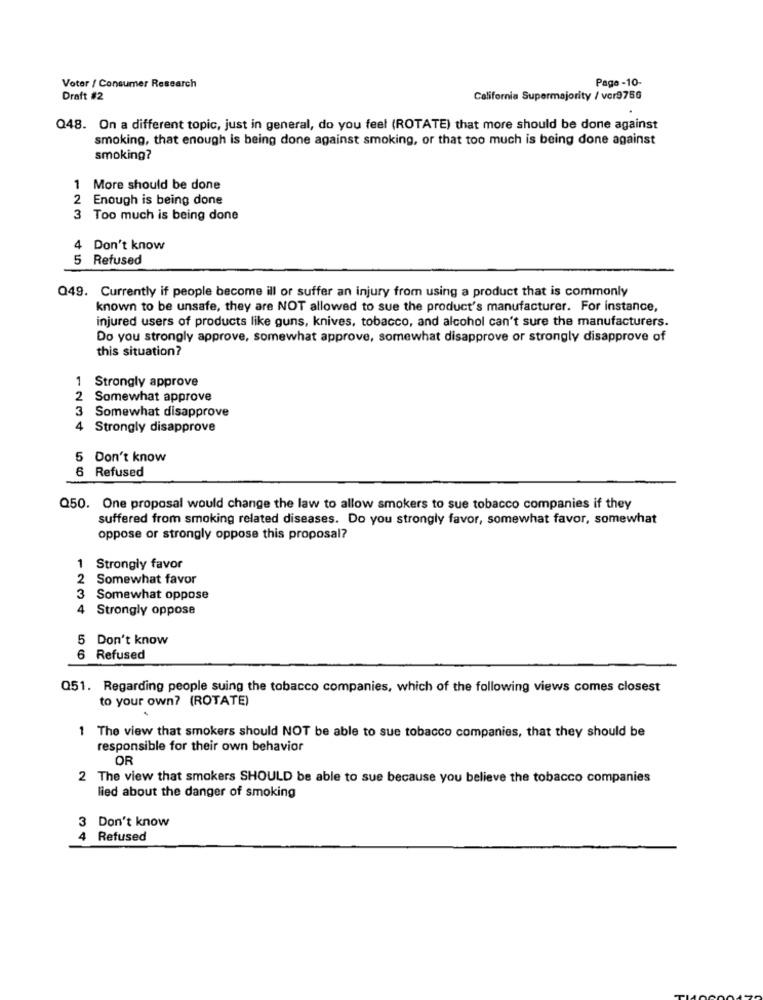
Pago -10-
Voter / Consumer Research
Draft #2
California Supermajority / vcr9756
Q48. On a different topic, just in general, do you feel (ROTATE) that more should be done against
smoking, that enough is being done against smoking, or that too much is being done against
smoking?
1 More should be done
2 Enough is being done
3 Too much is being done
4 Don't know
5 Refused
Q49. Currently if people become ill or suffer an injury from using a product that is commonly
known to be unsafe, they are NOT allowed to sue the product's manufacturer. For instance,
injured users of products like guns, knives, tobacco, and alcohol can't sure the manufacturers.
Do you strongly approve, somewhat approve, somewhat disapprove or strongly disapprove of
this situation?
Strongly approve
Somewhat approve
3 Somewhat disapprove
Strongly disapprove
5 Don't know
6 Refused
Q50. One proposal would change the law to allow smokers to sue tobacco companies if they
suffered from smoking related diseases. Do you strongly favor, somewhat favor, somewhat
oppose or strongly oppose this proposal?
Strongly favor
2 Somewhat favor
3
Somewhat oppose
4
Strongly oppose
5 Don't know
6 Refused
Q51. Regarding people suing the tobacco companies, which of the following views comes closest
to your own? (ROTATE)
1 The view that smokers should NOT be able to sue tobacco companies, that they should be
responsible for their own behavior
OR
2 The view that smokers SHOULD be able to sue because you believe the tobacco companies
lied about the danger of smoking
3 Don't know
4
Refused